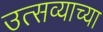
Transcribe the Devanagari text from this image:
उत्सव्याच्या